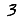
Digit: 3